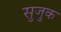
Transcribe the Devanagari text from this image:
सुजुक